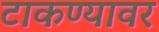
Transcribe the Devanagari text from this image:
टाकण्यावर